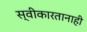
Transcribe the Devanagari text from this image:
स्वीकारतानाही